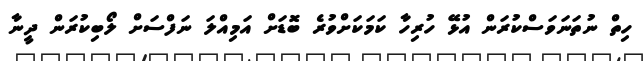
ހިތް ނުތަނަވަސްކުރަން އުޅޭ ހުރިހާ ކަމަކަށްވުރެ ބޮޑަށް އަމިއްލަ ނަފްސަށް ލޯބިކުރަން ދީނާ